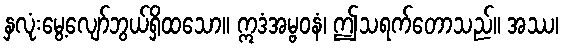
နှလုံးမွေ့လျော်ဘွယ်ရှိထသော။ ဣဒံအမ္ဗဝနံ၊ ဤသရက်တောသည်။ အဿ၊